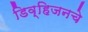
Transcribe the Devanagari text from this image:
डिव्हिजनचे